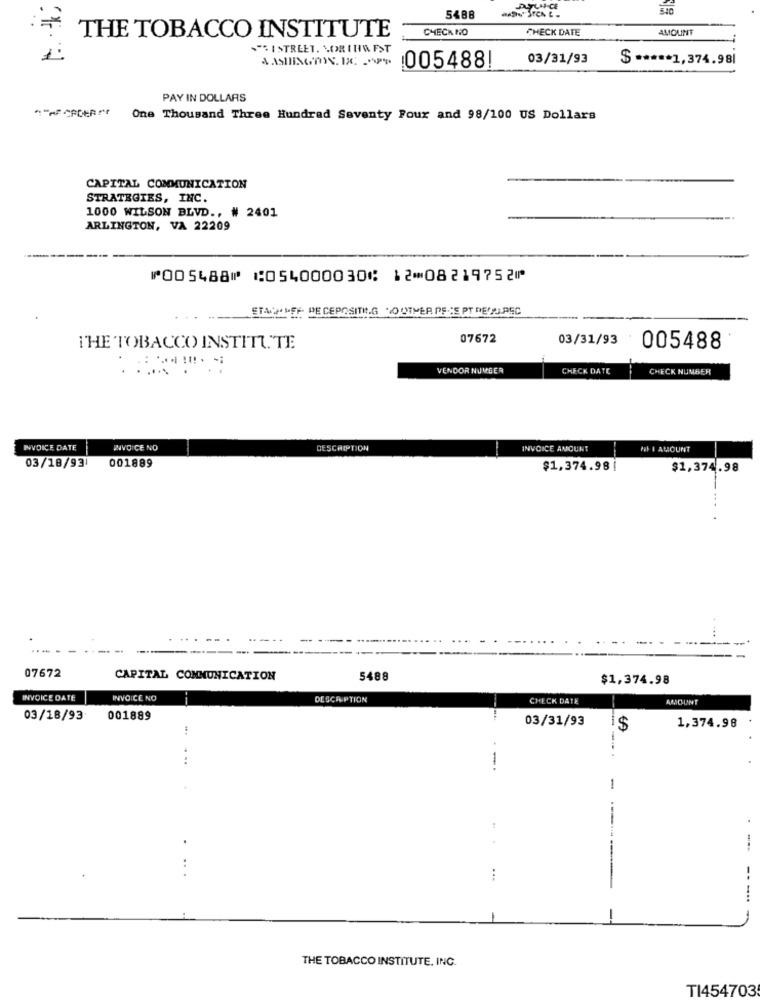
5488
CHECK NO
CHECK DATE
AMOUNT
THE TOBACCO INSTITUTE
"SISTREET. VOR IHM FST
03/31/93
$ ***** 1,374.98|
005488!
PAY IN DOLLARS
One Thousand Three Hundred Seventy Pour and 98/100 US Dollars
CAPITAL COMMUNICATION
STRATEGIES, INC.
1000 WILSON BLVD ., # 2401
ARLINGTON, VA 22209
⑈005488⑈ ⑆054000030⑆ 12⑉08219752⑈
""FF BE CEPOSITI.G .OUTHER DE CEPT REDU.REC
07672
03/31/93
THE TOBACCO INSTITUTE
005488
VENDOR NUMBER
CHECK DATE
CHECK NUMBER
INVOICE DATE
INVOICE NO
DESCRIPTION
INVOICE AMOUNT
PF I AMOUNT
001889
03/18/93
$1,374.98 |
$1,374.98
07672
CAPITAL COMMUNICATION
5488
$1,374.98
INVOICE DATE
INVOICE NO
--
DESCRIPTION
CHECK DATE
AMOUNT
03/18/93
001889
03/31/93
$
1,374.98
-
:
--
-
THE TOBACCO INSTITUTE, INC.
TI454703